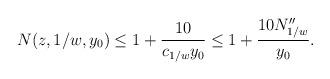
LaTeX: \begin{align*}N(z,1/w,y_0) &\leq 1+ \frac{10}{c_{1/w} y_0}\leq 1+ \frac{10 N^{\prime\prime}_{1/w}}{y_0}.\end{align*}